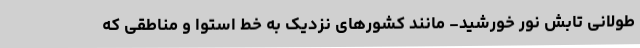
طولانی تابش نور خورشید- مانند کشورهای نزدیک به خط استوا و مناطقی که